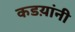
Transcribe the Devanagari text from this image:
कडय़ांनी